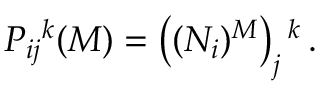
P _ { i j } { } ^ { k } ( M ) = \left( ( N _ { i } ) ^ { M } \right) _ { j } { } ^ { k } \, .